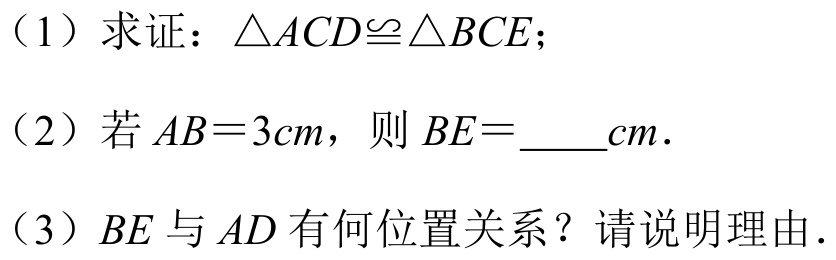
（1）求证：\(\triangle ACD\cong\triangle BCE\)；
（2）若\(AB = 3cm\)，则\(BE=\underline{\quad\quad}cm\).
（3）\(BE\)与\(AD\)有何位置关系？请说明理由.